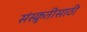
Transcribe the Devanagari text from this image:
संस्क्रुतीसाठी